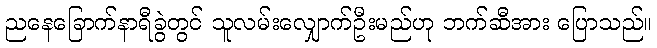
ညနေခြောက်နာရီခွဲတွင် သူလမ်းလျှောက်ဦးမည်ဟု ဘက်ဆီအား ပြောသည်။